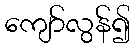
ကျော်လွန်၍